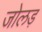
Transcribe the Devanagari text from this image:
जोलड़